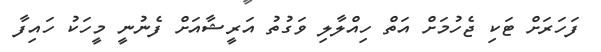
ފަހަރަށް ޓަަކި ޖެހުމަށް އަތް ހިއްލާލި ވަގުތު އަރީޝާއަށް ފެނުނީ މީހަކު ހައިފާ